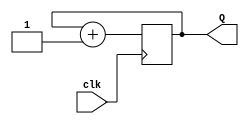
`timescale 1ns / 1ps
//////////////////////////////////////////////////////////////////////////////////
// Company: 
// Engineer: 
// 
// Design Name: 
// Module Name:    my_counter 
// Project Name: 
// Target Devices: 
// Tool versions: 
// Description: 
//
// Dependencies: 
//
// Revision: 
// Revision 0.01 - File Created
// Additional Comments: 
//
//////////////////////////////////////////////////////////////////////////////////
module my_counter( clk, Q );
input clk;
output [1:0] Q;
reg [1:0] temp;
	always @(posedge clk)
		begin
		temp = temp + 1;
		end
	assign Q = temp;
endmodule